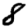
Digit: 8